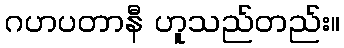
ဂဟပတာနီ ဟူသည်တည်း။